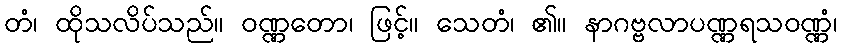
တံ၊ ထိုသလိပ်သည်။ ဝဏ္ဏတော၊ ဖြင့်။ သေတံ၊ ၏။ နာဂဗ္ဗလာပဏ္ဏရသဝဏ္ဏံ၊